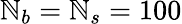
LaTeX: \mathbb{N}_{b}=\mathbb{N}_{s}=100